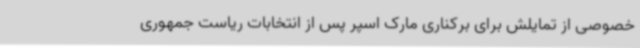
خصوصی از تمایلش برای برکناری مارک اسپر پس از انتخابات ریاست جمهوری